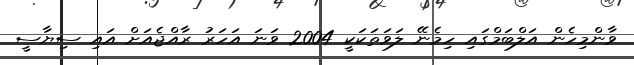
ވާންމިހެން އަލްބަމްގައި ހިމެނޭ ލަވަތަކަކީ 2004 ވަނަ އަހަރު ރާއްޖެއަށް އައި ސިޔާސީ